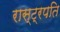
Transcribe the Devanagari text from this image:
रास्ट्रपति